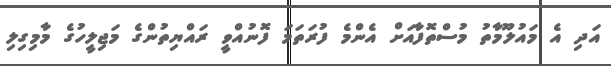
އަދި އެ މައުލޫމާތު މުސްތޮފާއަށް އެންމެ ފުރަތަމަ ފޮނުއްވީ ރައްޔިތުންގެ މަޖިލީހުގެ މާމިގިލި